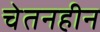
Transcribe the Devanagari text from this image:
चेतनहीन